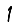
Digit: 1